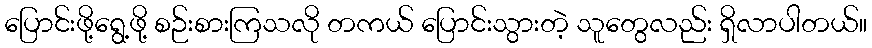
ပြောင်းဖို့ရွေ့ဖို့ စဉ်းစားကြသလို တကယ် ပြောင်းသွားတဲ့ သူတွေလည်း ရှိလာပါတယ်။